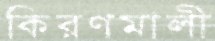
কিরণমালী